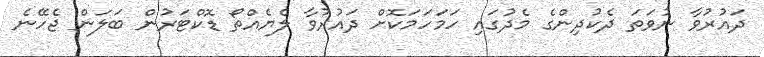
ދައުރުވާ ނުވަތަ ދެކުދިންގެ މެދުގައި ހަމަހަމަކޮށް ދައުރުވާ ލެޔެއްތޯ ޑޮކްޓަރުން ބަލަން ޖެހޭނެ